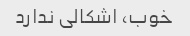
خوب، اشکالی ندارد